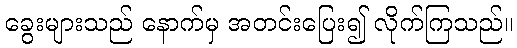
ခွေးများသည် နောက်မှ အတင်းပြေး၍ လိုက်ကြသည်။